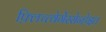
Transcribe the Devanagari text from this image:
फ़्लिच्त्वेर्गेस्सेन्हेइत